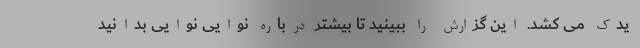
یدک می کشد. این گزارش را ببینید تا بیشتر درباره نوایی نوایی بدانید